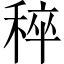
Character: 稡